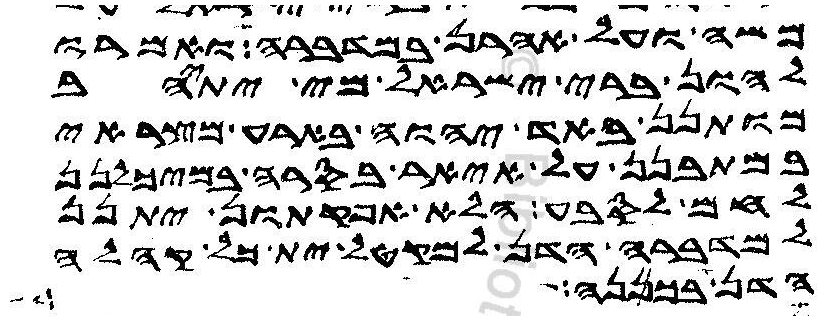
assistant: משה ועל אהרן במדברה ואמרו
להון ברי ישראל מי יתיהב
מותנן באד יהוה בארע מצראי
במתבנן על איאר בסרה במיכלנן
לחם לסבע הלא אפקתון יתנן
למדברה הדן למקטל ית כל קהלה
הדן בכפנה